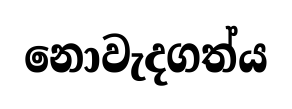
නොවැදගත්ය